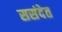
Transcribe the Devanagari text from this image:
ससंदेत